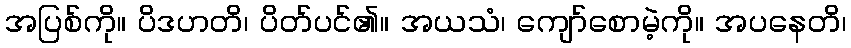
အပြစ်ကို။ ပိဒဟတိ၊ ပိတ်ပင်၏။ အယသံ၊ ကျော်စောမဲ့ကို။ အပနေတိ၊